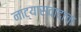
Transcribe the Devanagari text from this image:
नाट्यास्वादाचा